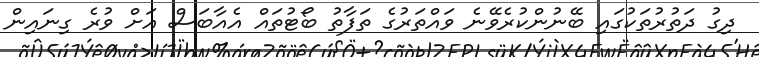
ދިގު ދަތުރުތަކުގައި ބޭނުންކުރެވޭނެ ވައްތަރުގެ ތަފާތު ބޯޓުތައް އެއާބަސް އަށް ވުރެ ގިނައިން